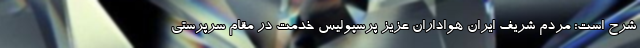
شرح است: مردم شریف ایران هواداران عزیز پرسپولیس خدمت در مقام سرپرستی